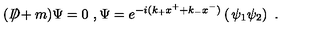
( D \! \! \! \! / + m ) \Psi = 0 \ , \Psi = e ^ { - i ( k _ { + } x ^ { + } + k _ { - } x ^ { - } ) } \left( \begin{matrix} { \psi _ { 1 } } \\ { \psi _ { 2 } } \\ \end{matrix} \right) \ .